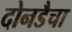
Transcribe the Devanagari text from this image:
दोनडैचा